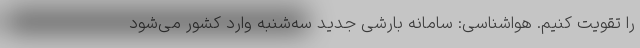
را تقویت کنیم. هواشناسی: سامانه بارشی جدید سه‌شنبه وارد کشور می‌شود